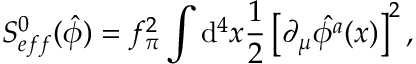
S _ { e f f } ^ { 0 } ( \hat { \phi } ) = f _ { \pi } ^ { 2 } \int \mathrm { d } ^ { 4 } x \frac { 1 } { 2 } \left[ \partial _ { \mu } \hat { \phi ^ { a } } ( x ) \right] ^ { 2 } ,